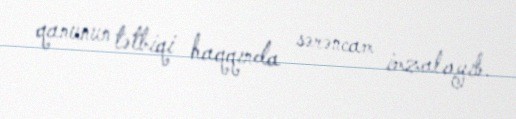
qanunun tətbiqi haqqında sərəncam imzalayıb.